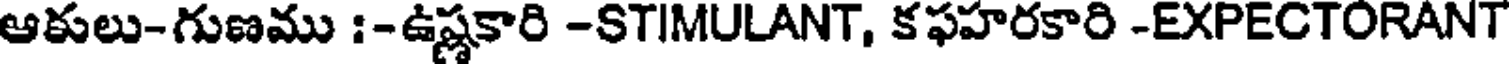
ఆకులు-గుణము :-ఉష్ణకారి -STIMULANT, కఫహరకారి -EXPECTORANT